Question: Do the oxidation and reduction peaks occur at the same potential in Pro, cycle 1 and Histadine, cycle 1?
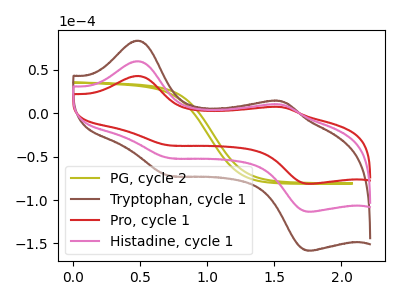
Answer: <think>The olive curve "PG, cycle 2" has no peaks. The brown curve "Tryptophan, cycle 1" has anodic peaks at (0.50V, 119.90uA) (1.55V, 19.90uA) and cathodic peaks at (0.70V, -102.90uA) (1.75V, -227.00uA). The red curve "Pro, cycle 1" has anodic peaks at (0.50V, 42.95uA) (1.55V, 7.10uA) and cathodic peaks at (0.70V, -36.90uA) (1.75V, -81.35uA). The pink curve "Histadine, cycle 1" has anodic peaks at (0.50V, 59.95uA) (1.55V, 9.95uA) and cathodic peaks at (0.70V, -51.45uA) (1.75V, -113.50uA).</think>
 <answer>Yes, "Pro, cycle 1" have a peak in "Histadine, cycle 1" at the same potential.</answer>
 <eval>match</eval>